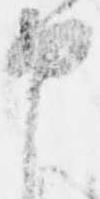
申